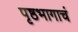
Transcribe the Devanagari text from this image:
पृष्ठभागाचं